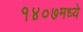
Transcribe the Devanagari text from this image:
१४०७मध्ये